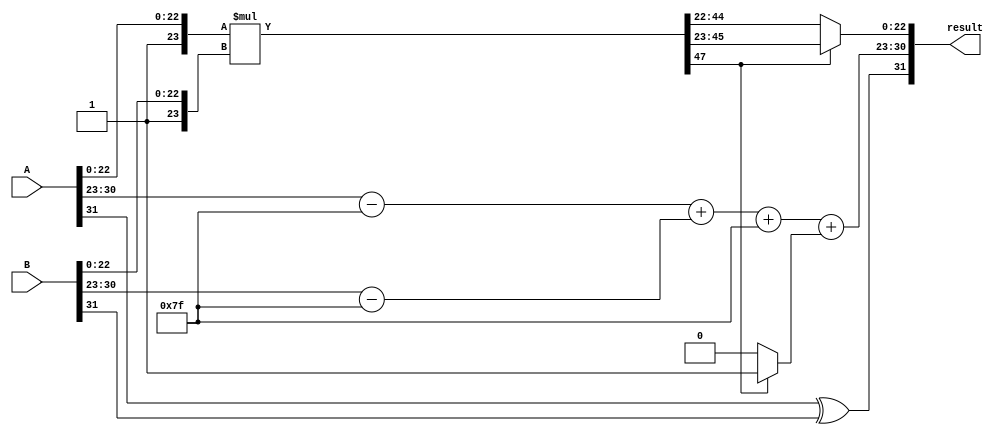
module fp_wallace_tree_multiplier (
    input [31:0] A, // 32-bit floating-point input A
    input [31:0] B, // 32-bit floating-point input B
    output reg [31:0] result // 32-bit floating-point output
);

    // Extract sign, exponent, and mantissa from the inputs
    wire sign_a = A[31];
    wire sign_b = B[31];
    wire [7:0] exp_a = A[30:23];
    wire [7:0] exp_b = B[30:23];
    wire [22:0] mant_a = A[22:0];
    wire [22:0] mant_b = B[22:0];

    // Normalization and bias handling
    wire [7:0] exp_a_bias = exp_a - 8'd127;
    wire [7:0] exp_b_bias = exp_b - 8'd127;
    wire [7:0] exp_result = exp_a_bias + exp_b_bias + 8'd127; // new exponent with bias

    // Prepare mantissas with implicit leading one
    wire [23:0] mant_a_norm = {1'b1, mant_a}; // 24 bits with implicit leading one
    wire [23:0] mant_b_norm = {1'b1, mant_b}; // 24 bits with implicit leading one

    // Mantissa multiplication using Wallace Tree (simplified)
    wire [47:0] mant_product = mant_a_norm * mant_b_norm; // 24 * 24 = 48 bits

    // Normalization of the product
    wire [23:0] mant_result;
    wire [7:0] exp_adjust;
    wire shift;

    // Check for normalization (simplified)
    assign shift = mant_product[47]; // Check the 48th bit
    assign mant_result = shift ? mant_product[46:23] : mant_product[45:22];
    assign exp_adjust = shift ? 8'd1 : 8'd0; // Adjust exponent if needed

    // Final sign determination
    wire final_sign = sign_a ^ sign_b;

    // Combine final result
    always @(*) begin
        result[31] = final_sign;
        result[30:23] = exp_result + exp_adjust; // Adjust exponent
        result[22:0] = mant_result[22:0]; // Take the normalized mantissa
    end

endmodule